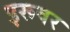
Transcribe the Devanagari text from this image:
इरूवर